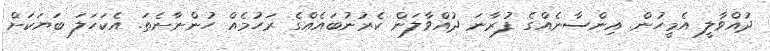
ދުއްވާލީ އެމީހުން. އިންސާނެއްގެ ފުރާނަ ދުއްވާލަން ކެރުނުބައެއްގެ ރަހުމެއް ހުންނާނެތަ. އެކަހަލަ ބަޔަކަށް